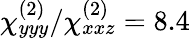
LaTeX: \chi_{yyy}^{(2)}/\chi_{xxz}^{(2)}=8.4